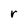
Character: r